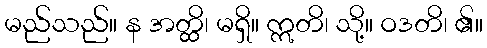
မည်သည်။ န အတ္ထိ၊ မရှိ။ ဣတိ၊ သို့။ ဝဒတိ၊ ၏။